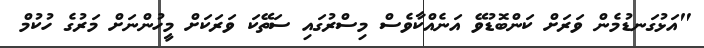
"އަޅުގަނޑުމެން ވަރަށް ކަންބޮޑުވޭ އަނެއްކާވެސް މިސްރުގައި ސަތޭކަ ވަރަކަށް މީހުންނަށް މަރުގެ ހުކުމް